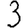
Digit: 3